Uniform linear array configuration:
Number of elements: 16
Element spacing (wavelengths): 0.5
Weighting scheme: blackman
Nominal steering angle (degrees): -45
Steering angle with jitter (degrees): -43.549
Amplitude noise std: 0.05
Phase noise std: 0.05

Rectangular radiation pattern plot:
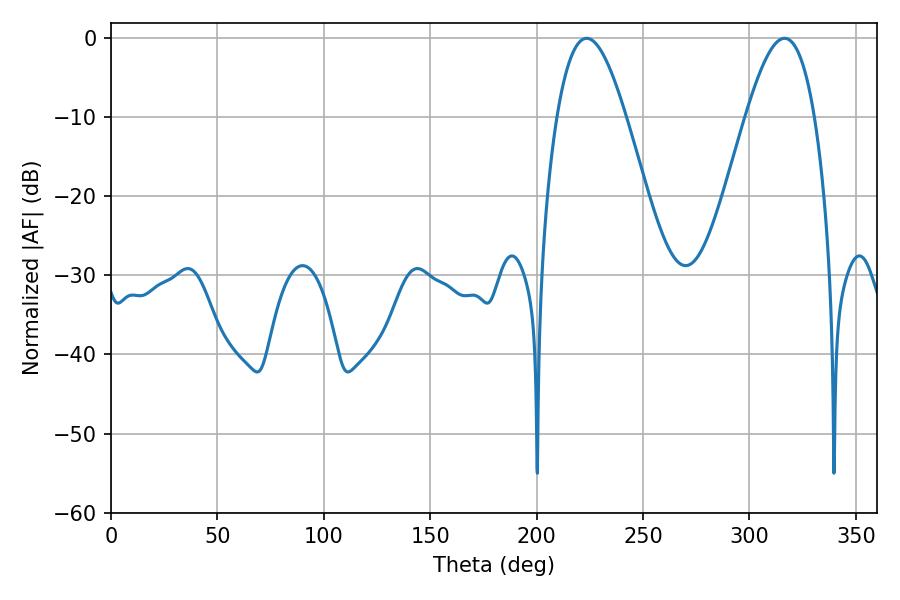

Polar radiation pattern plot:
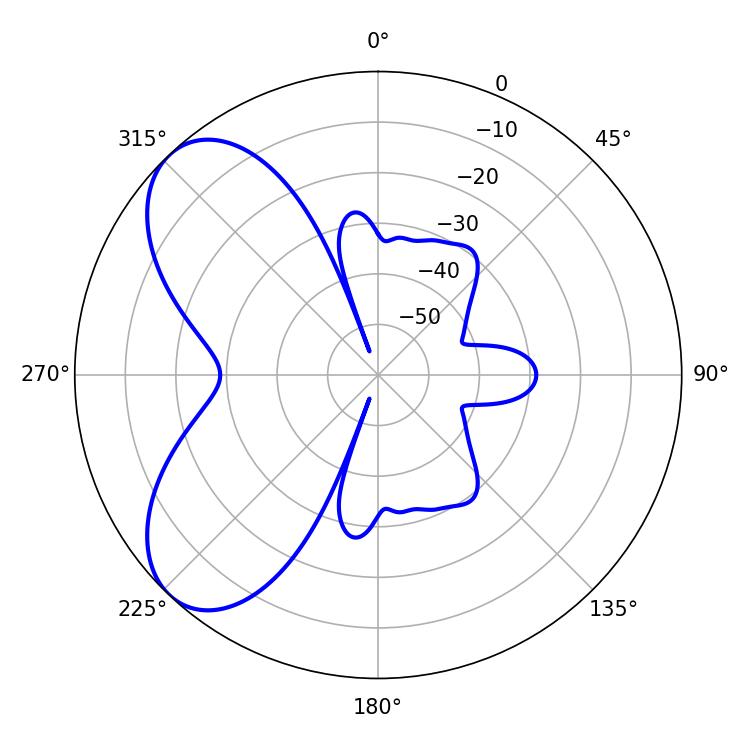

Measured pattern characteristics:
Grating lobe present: FALSE
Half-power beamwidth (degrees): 17.46
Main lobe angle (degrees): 223.56